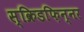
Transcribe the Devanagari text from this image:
स्क्रिडफ़िन्नर